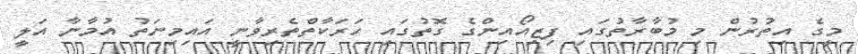
މީގެ އިތުރުން މި މުބާރާތުގައި ފިޒިއޯއިންގެ ގޮތުގައި ހަރަކާތްތެރިވާނީ އައިމިނަތު އުމާނާ އަލީ